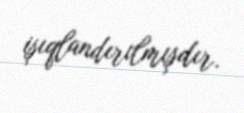
işıqlandırılmışdır.